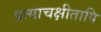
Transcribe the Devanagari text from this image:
प्रत्याचक्षीतापि